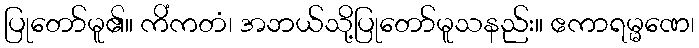
ပြုတော်မူ၏။ ကိံကတံ၊ အဘယ်သို့ပြုတော်မူသနည်း။ ဧကာရမ္မဏေ၊